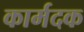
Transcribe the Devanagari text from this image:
कार्मदक